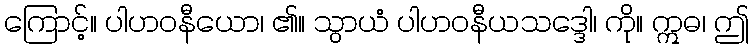
ကြောင့်။ ပါဟဝနီယော၊ ၏။ သွာယံ ပါဟဝနီယသဒ္ဒေါ၊ ကို။ ဣဓ၊ ဤ